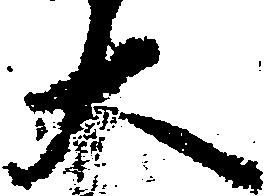
大